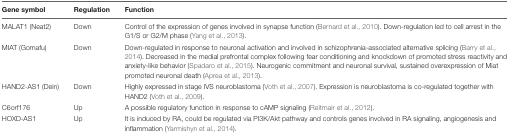
<table><thead><tr><td><b>Gene symbol</b></td><td><b>Regulation</b></td><td><b>Function</b></td></tr></thead><tbody><tr><td>MALAT1 (Neat2)</td><td>Down</td><td>Control of the expression of genes involved in synapse function (Bernard et al., 2010). Down-regulation led to cell arrest in the G1/S or G2/M phase (Yang et al., 2013).</td></tr><tr><td>MIAT (Gomafu)</td><td>Down</td><td>Down-regulated in response to neuronal activation and involved in schizophrenia-associated alternative splicing (Barry et al., 2014). Decreased in the medial prefrontal complex following fear conditioning and knockdown of promoted stress reactivity and anxiety-like behavior (Spadaro et al., 2015). Neurogenic commitment and neuronal survival, sustained overexpression of Miat promoted neuronal death (Aprea et al., 2013).</td></tr><tr><td>HAND2-AS1 (Dein)</td><td>Down</td><td>Highly expressed in stage IVS neuroblastoma (Voth et al., 2007). Expression is neuroblastoma is co-regulated together with HAND2 (Voth et al., 2009).</td></tr><tr><td>C6orf176</td><td>Up</td><td>A possible regulatory function in response to cAMP signaling (Reitmair et al., 2012).</td></tr><tr><td>HOXD-AS1</td><td>Up</td><td>It is induced by RA, could be regulated via PI3K/Akt pathway and controls genes involved in RA signaling, angiogenesis and inflammation (Yarmishyn et al., 2014).</td></tr></tbody></table>